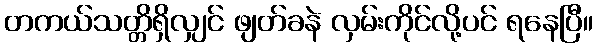
တကယ်သတ္တိရှိလျှင် ဖျတ်ခနဲ လှမ်းကိုင်လို့ပင် ရနေပြီ။